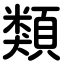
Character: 類